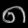
Digit: ၈